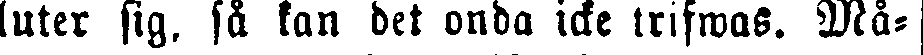
luter sig. så kan det onda icke trifwas. Må-